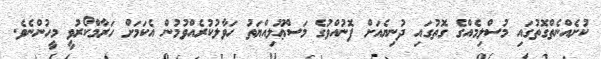
ކުށެއްނެތްގޮތުގައި މުސްލިމެއްގެ ގޮތުގައި ދުނިޔެއަށް ފޮނުއްވުގެ މަސްޢޫލިއްޔަތު ހަވާލުކުރެއްވުމުން އެކަމަށް ހަރާމްކޯރުވީ މީހުންނެވެ.